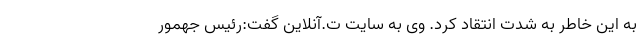
به این خاطر به شدت انتقاد کرد. وی به سایت ت.آنلاین گفت:رئیس جهمور